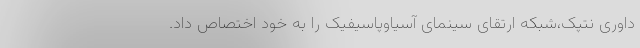
داوری نتپک،شبکه ارتقای سینمای آسیاوپاسیفیک را به خود اختصاص داد.